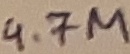
Text: 4.7M